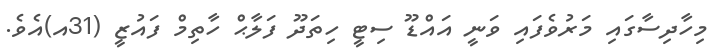
މިހާދިސާގައި މަރުވެފައި ވަނީ އައްޑޫ ސިޓީ ހިތަދޫ ފަލާޙް ހާތިމް ފައުޒީ (31އ)އެވެ.